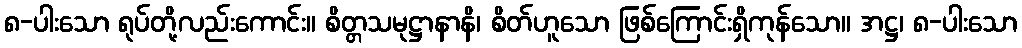
၈-ပါးသော ရုပ်တို့လည်းကောင်း။ စိတ္တသမုဋ္ဌာနာနိ၊ စိတ်ဟူသော ဖြစ်ကြောင်းရှိကုန်သော။ အဋ္ဌ၊ ၈-ပါးသော